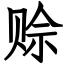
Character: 赊